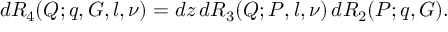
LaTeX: d { \cal R } _ { 4 } ( Q ; q , G , l , \nu ) = d z \, d { \cal R } _ { 3 } ( Q ; P , l , \nu ) \, d { \cal R } _ { 2 } ( P ; q , G ) .